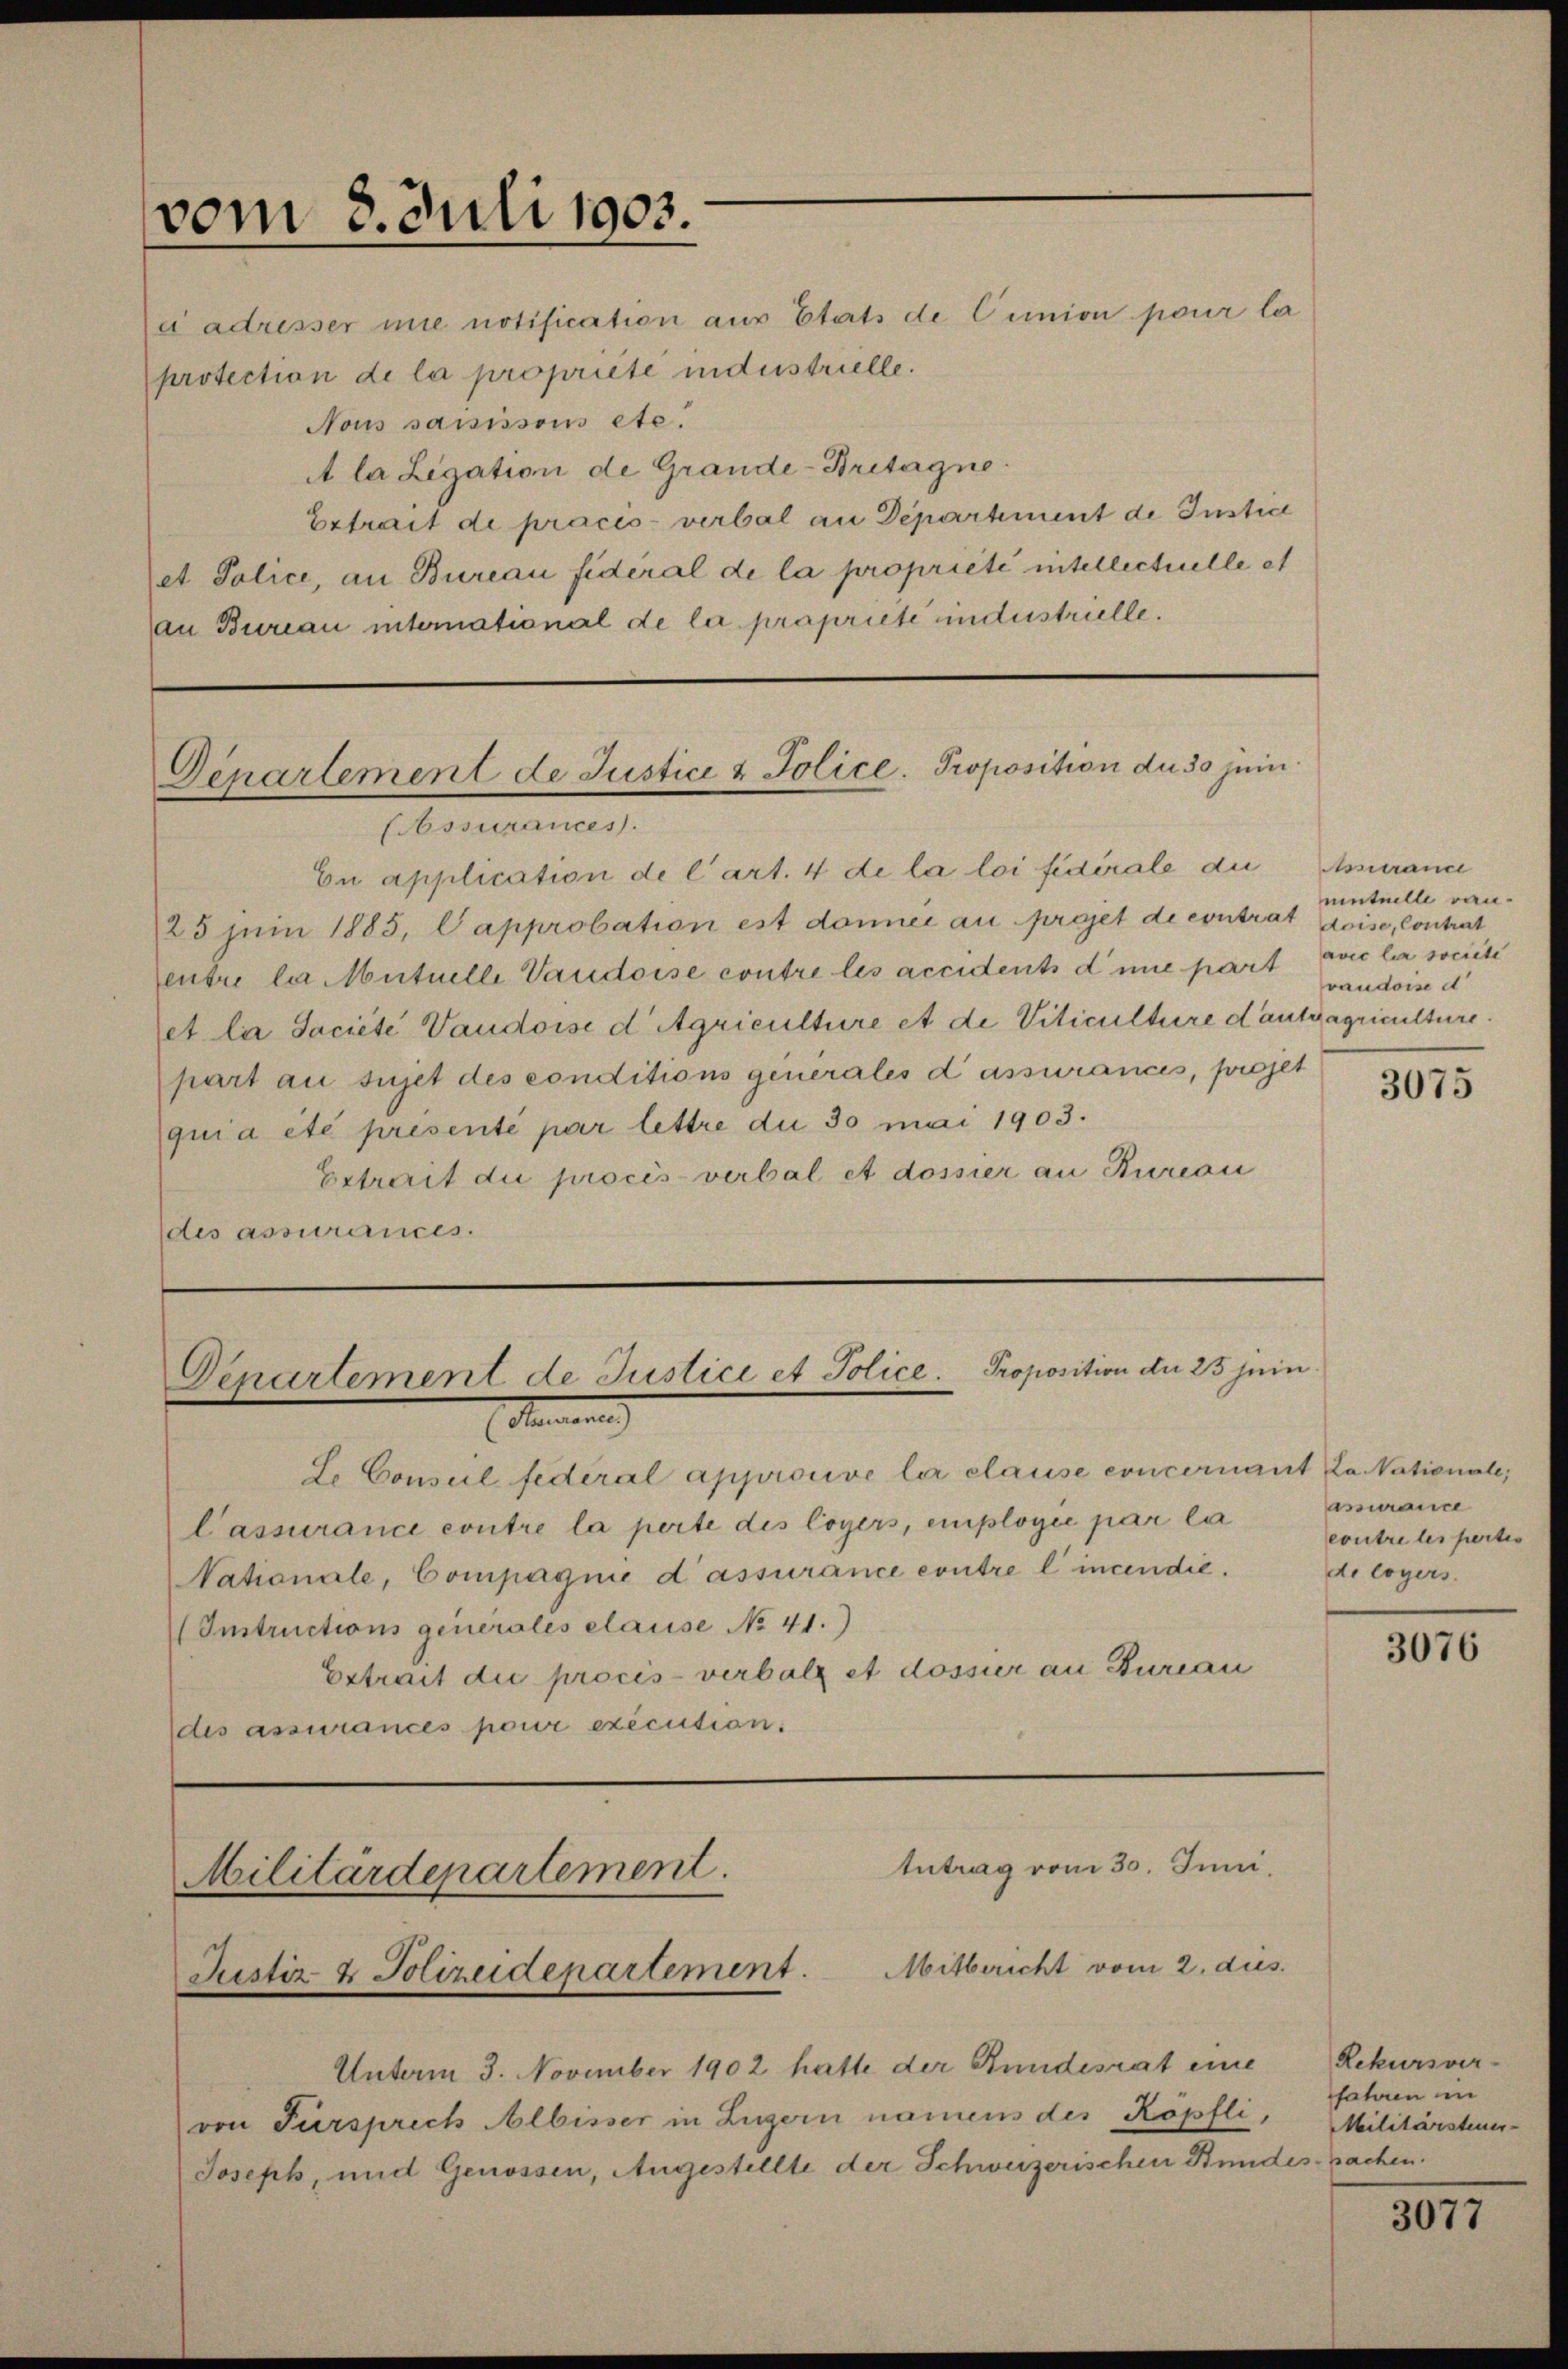
vom 3. Juli 1903.

c adresser nie notification aus Etats de Cunion pour la
protection de la propriété industrielle.
Nous sassissous etc.
A la Legation de Grande-Britagne.
Extrait de pracis verbal an Departement de Instic
et Police, an Bureau fidéral de la propriété intellectuelle et
an Bureau international de la propriete undustrielle.

Eu application de l’art. 4 de la loi fidérale die
25 Juni 1885, Capprobation est donnée au projet de contrat doise, Contrat
entre la Mutuelle Vaudoise contre les accidents die part voie la societe
et la Jaciete Vaudoise d Agriculture et de Viticulture dautgagriculture.
part au sujet des conditions generales dassurances, projet
qui a été presenté par lettre du 30 mai 1903.
Estreit die procès-verbal et dossier an Kuron
(des assurances.

Lo Conseil fédéral approuve la clause concernant a. Nationale,
lassurance contre la perte des loyers, emplogie par la
Nationale, Compagnie d’assurance contre l’incendie.
(Instructions generales clause No 41.)
Estrait die procis-verbalz et dossier an Bureau
des assurances pour exécution.

Unterm 3. November 1902 hatte der Bundesrat eine Rekursver-
von Fürsprech Albisser in Luzern namens des Köpfli,
Joseph, und Genossen, Angestellte der Schweizerischen Stundes Sachen.

Departement de Justice & Police- Proposition du 30 jein
bssurances.

Denartement de Justice et Police Proposition der 25 jeni
(Sanen

Antrag vom 30. Juni.
Militärdepartement.
Justiz & Polizeidepartement. Mitbericht vom 2. dies

Assuranc
mintuille ran.
vaudoise d

3075

assurance
eontre les pertes
de loyers.

3076

faturn in
Militärsteuer-

3077